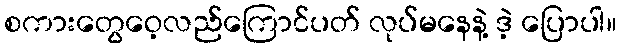
စကားတွေဝေ့လည်ကြောင်ပတ် လုပ်မနေနဲ့ ဒဲ့ ပြောပါ။